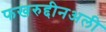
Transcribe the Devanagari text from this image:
फखरुद्दीनअली